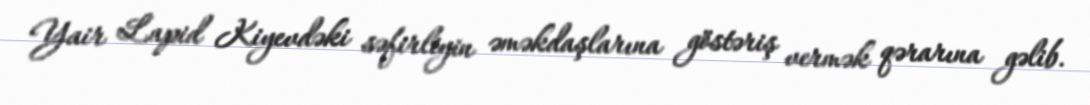
Yair Lapid Kiyevdəki səfirliyin əməkdaşlarına göstəriş vermək qərarına gəlib.